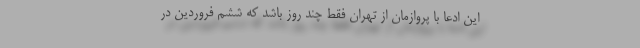
این ادعا با پروازمان از تهران فقط چند روز باشد که ششم فروردین در